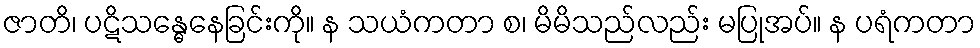
ဇာတိ၊ ပဋိသန္ဓေနေခြင်းကို။ န သယံကတာ စ၊ မိမိသည်လည်း မပြုအပ်။ န ပရံကတာ